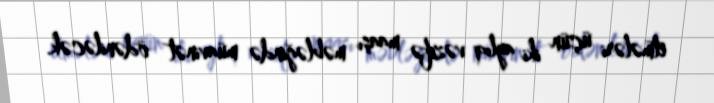
etmələri üçün iki aylıq vəzifə maaşı məbləğində müavinət ödəniləcək.